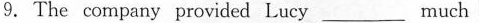
9.The company provided Lucy____much